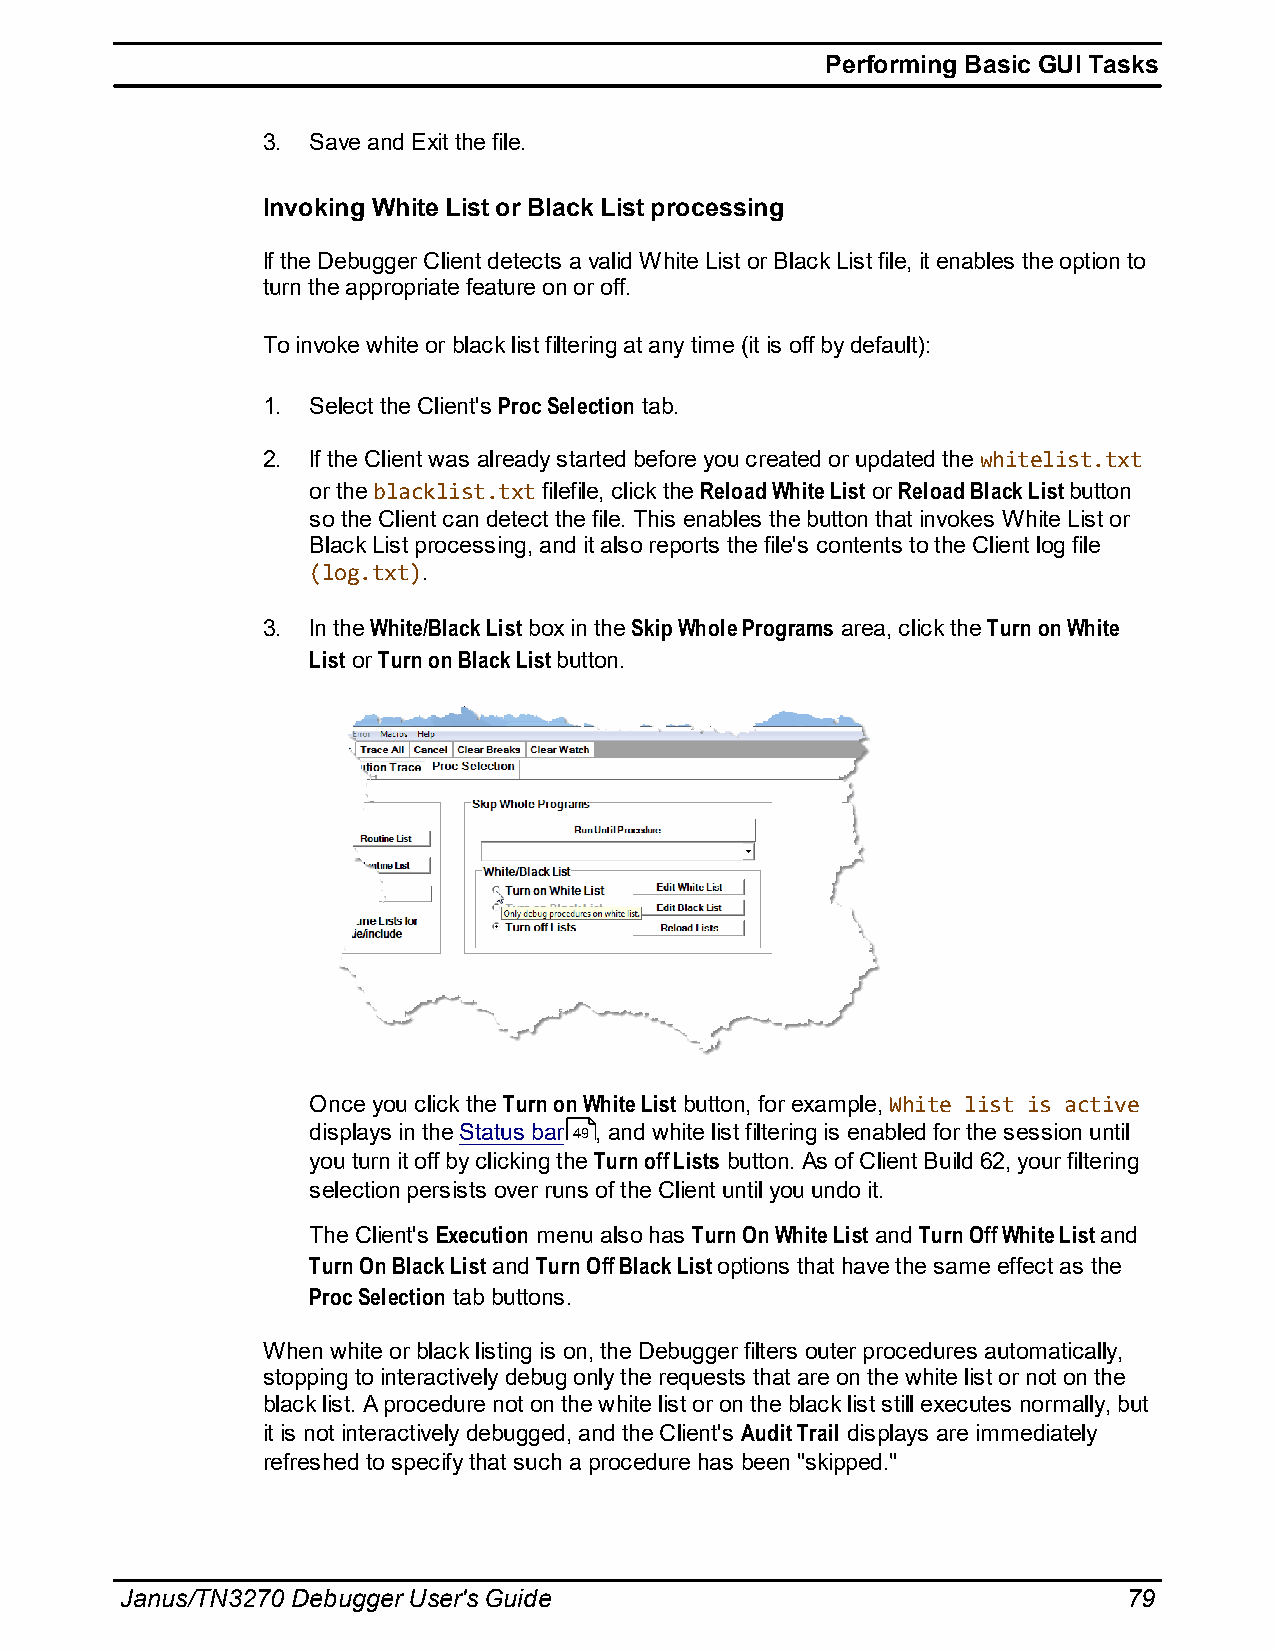
Performing Basic GUI Tasks
 3. Save and Exit the file.
 Invoking White List or Black List processing
 If the Debugger Client detects a valid White List or Black List file, it enables the option to
 turn the appropriate feature on or off.
 To invoke white or black list filtering at any time (it is off by default):
 1. Select the Client's Proc Selection tab.
 2. If the Client was already started before you created or updated the whitelist.txt
 or the blacklist.txt filefile, click the Reload White List or Reload Black List button
 so the Client can detect the file. This enables the button that invokes White List or
 Black List processing, and it also reports the file's contents to the Client log file
 (log.txt).
 3. In the White/Black List box in the Skip Whole Programs area, click the Turn on White
 List or Turn on Black List button.
 Once you click the Turn on White List button, for example, White list is active
 displays in the Status bar 49, and white list filtering is enabled for the session until
 you turn it off by clicking the Turn off Lists button. As of Client Build 62, your filtering
 selection persists over runs of the Client until you undo it.
 The Client's Execution menu also has Turn On White List and Turn Off White List and
 Turn On Black List and Turn Off Black List options that have the same effect as the
 Proc Selection tab buttons.
 When white or black listing is on, the Debugger filters outer procedures automatically,
 stopping to interactively debug only the requests that are on the white list or not on the
 black list. A procedure not on the white list or on the black list still executes normally, but
 it is not interactively debugged, and the Client's Audit Trail displays are immediately
 refreshed to specify that such a procedure has been "skipped."
 Janus/TN3270 Debugger User's Guide                                 79